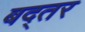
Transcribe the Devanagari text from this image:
बद्तर